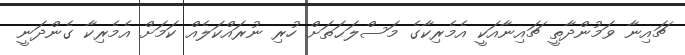
ޗައިނާ ވަމުންދާތީ ޗައިނާއަކީ އެމެރިކާގެ މަސްލަޙަތަށް ހުރި ނުރައްކަލެއް ކަމަށް އެމެރިކާ ގެންދަނީ